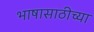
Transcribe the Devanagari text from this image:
भाषासाठीच्या